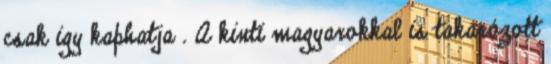
csak igy kaphatja . A kinti magyarokkal is takarózott